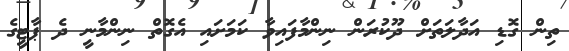
ތިން ގޮޑި އަދާލަތަށް ދޫކުރަން ނިންމާފައިވާ ކަމަށައި އެގޮތް ނިންމާނީ ދެ ޕާޓީގެ